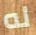
له